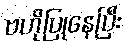
ဗဟိုပြုနေပြီး